Indian journal of veterinary science and animal husbandry - Volume 2,
Year: 1932
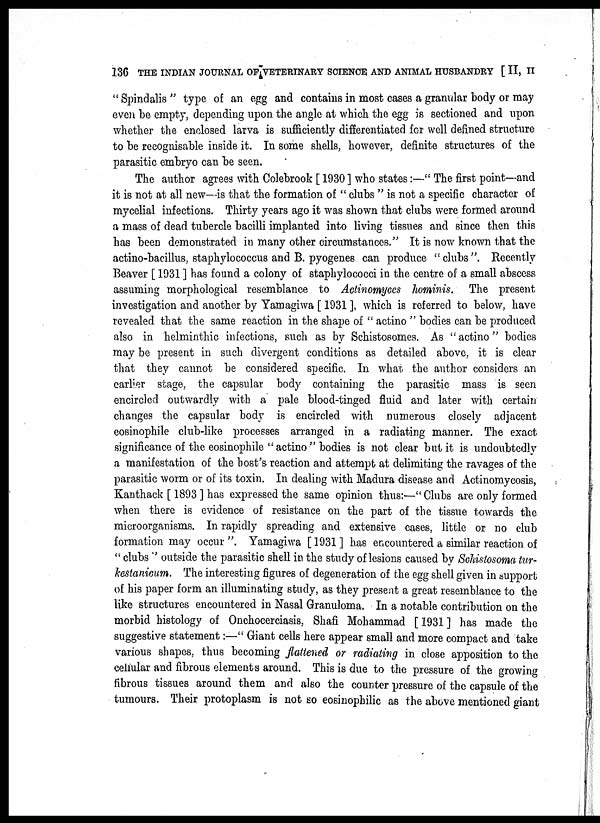
136 THE INDIAN JOURNAL OF VETERINARY SCIENCE AND ANIMAL HUSBANDRY [ II, II
" Spindalis " type of an egg and contains in most cases a granular body or may
even be empty, depending upon the angle at which the egg is sectioned and upon
whether the enclosed larva is sufficiently differentiated for well defined structure
to be recognisable inside it. In some shells, however, definite structures of the
parasitic embryo can be seen.
The author agrees with Colebrook [ 1930 ] who states :—" The first point—and
it is not at all new—is that the formation of " clubs " is not a specific character of
mycelial infections. Thirty years ago it was shown that clubs were formed around
a mass of dead tubercle bacilli implanted into living tissues and since then this
has been demonstrated in many other circumstances." It is now known that the
actino-bacillus, staphylococcus and B. pyogenes can produce " clubs ". Recently
Beaver [ 1931 ] has found a colony of staphylococci in the centre of a small abscess
assuming morphological resemblance to Actinomyces hominis. The present
investigation and another by Yamagiwa [ 1931 ], which is referred to below, have
revealed that the same reaction in the shape of " actino " bodies can be produced
also in helminthic infections, such as by Schistosomes. As "actino" bodies
may be present in such divergent conditions as detailed above, it is clear
that they cannot be considered specific. In what the author considers an
earlier stage, the capsular body containing the parasitic mass is seen
encircled outwardly with a pale blood-tinged fluid and later with certain
changes the capsular body is encircled with numerous closely adjacent
eosinophile club-like processes arranged in a radiating manner. The exact
significance of the eosinophile " actino" bodies is not clear but it is undoubtedly
a manifestation of the bost's reaction and attempt at delimiting the ravages of the
parasitic worm or of its toxin. In dealing with Madura disease and Actinomycosis,
Kanthack [ 1893 ] has expressed the same opinion thus:—"Clubs are only formed
when there is evidence of resistance on the part of the tissue towards the
microorganisms. In rapidly spreading and extensive cases, little or no club
formation may occur ". Yamagiwa [ 1931 ] has encountered a similar reaction of
" clubs " outside the parasitic shell in the study of lesions caused by Schistosoma tur-
kestanicum. The interesting figures of degeneration of the egg shell given in support
of his paper form an illuminating study, as they present a great resemblance to the
like structures encountered in Nasal Granuloma. In a notable contribution on the
morbid histology of Onchocerciasis, Shafi Mohammad [ 1931 ] has made the
suggestive statement:—" Giant cells here appear small and more compact and take
various shapes, thus becoming flattened or radiating in close apposition to the
cellular and fibrous elements around. This is due to the pressure of the growing
fibrous tissues around them and also the counter pressure of the capsule of the
tumours. Their protoplasm is not so eosinophilic as the above mentioned giant